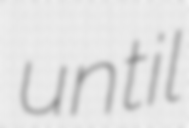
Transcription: until